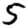
Digit: 5